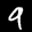
Label: 9